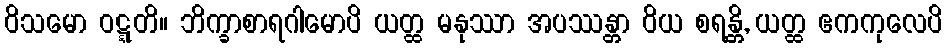
ဝိသမော ဝဋ္ဋတိ။ ဘိက္ခာစာရဂါမောပိ ယတ္ထ မနုဿာ အပဿန္တာ ဝိယ စရန္တိ, ယတ္ထ ဧကကုလေပိ